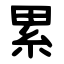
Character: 累